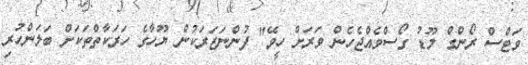
ވަޓްސް ރޯންގް މޫޑު ގޯސްވެއްޖެހެން ވަރަށް ހީވޭ" ފުންނަޒަރަކުން ޔޫހާގެ ހަރަކާތްތަކަށް ބަލަންހުރި